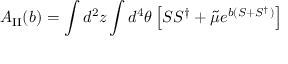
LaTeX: { \cal A } _ { \mathrm { I I } } ( b ) = \int d ^ { 2 } z \int d ^ { 4 } \theta \left[ S S ^ { \dagger } + { \tilde { \mu } } e ^ { b ( S + S ^ { \dagger } ) } \right]